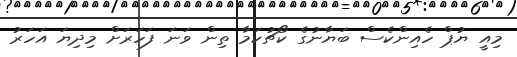
މިއީ ޔުޕް ހެއިންކެސް ބަޔާނުގެ ކޯޗުކަމާ ތިން ވަނަ ފަހަރަށް މިދިޔަ އަހަރު